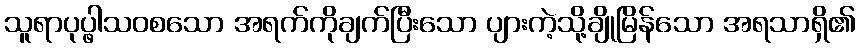
သူရာပုပ္ဖါသဝစသော အရက်ကိုချက်ပြီးသော ပျားကဲ့သို့ချိုမြိန်သော အရသာရှိ၏